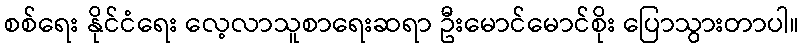
စစ်ရေး နိုင်ငံရေး လေ့လာသူစာရေးဆရာ ဦးမောင်မောင်စိုး ပြောသွားတာပါ။